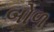
બોળ